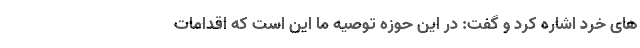
های خرد اشاره کرد و گفت: در این حوزه توصیه ما این است که اقدامات